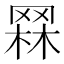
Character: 𦋗